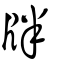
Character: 牉